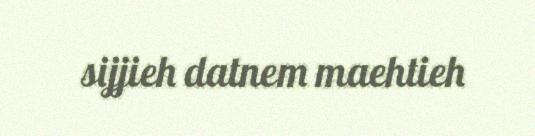
sijjieh datnem maehtieh